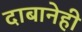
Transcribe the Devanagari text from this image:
दाबानेही